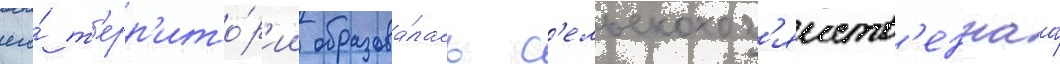
его́ т'ерр'ито́р'ии образова́лась с'ельскохоз'яиств'еннаа